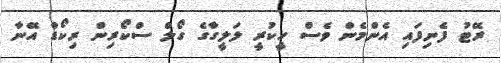
ރޭޓު ފެނިފައި އެންމެން ވެސް ހީކުރީ ލަލީގާގެ ގޯލް ސްކޯރިން ރިކޯޑް އޭނާ